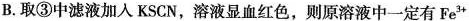
B.取③中滤液加入KSCN，溶液显血红色，则原溶液中一定有Fe^{3+}